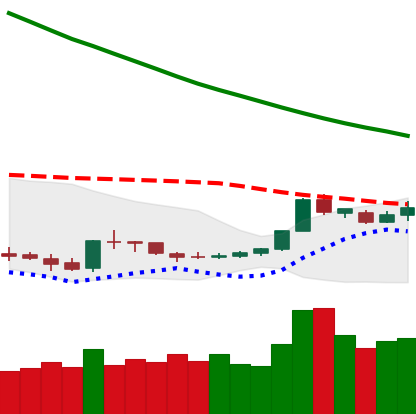
Ticker: DOGE-USD
Chart end date: 2019-02-23
Forward return: -5.137%
Label: down_5_7